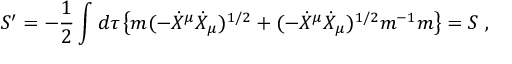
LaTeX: S ^ { \prime } = - { \frac { 1 } { 2 } } \int d \tau \left\{ m ( - { \dot { X } } ^ { \mu } { \dot { X } } _ { \mu } ) ^ { 1 / 2 } + ( - { \dot { X } } ^ { \mu } { \dot { X } } _ { \mu } ) ^ { 1 / 2 } m ^ { - 1 } m \right\} = S \ ,